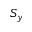
S _ { y }